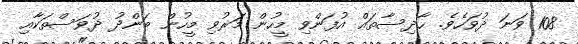
108 ވަނަ ދުވަހެވެ. ޙާދިސާތައް އުފަންވި މީހުން މަރުވި މީހުން ބަންދު ދުވަސްތަކާއި